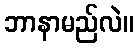
ဘာနာမည်လဲ။